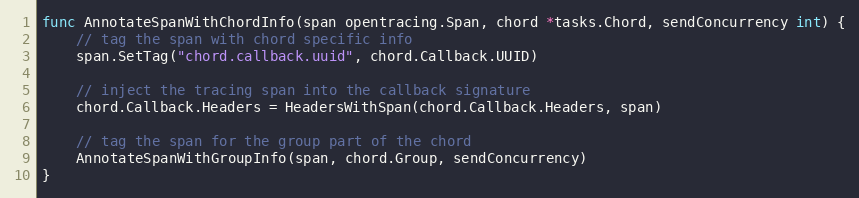
Language: Go
func AnnotateSpanWithChordInfo(span opentracing.Span, chord *tasks.Chord, sendConcurrency int) {
	// tag the span with chord specific info
	span.SetTag("chord.callback.uuid", chord.Callback.UUID)

	// inject the tracing span into the callback signature
	chord.Callback.Headers = HeadersWithSpan(chord.Callback.Headers, span)

	// tag the span for the group part of the chord
	AnnotateSpanWithGroupInfo(span, chord.Group, sendConcurrency)
}